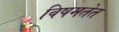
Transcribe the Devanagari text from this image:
विषमतेत